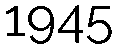
1945